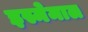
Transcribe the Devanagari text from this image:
इस्मेमाल